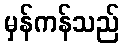
မှန်ကန်သည်